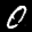
Label: 0